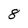
Character: 8